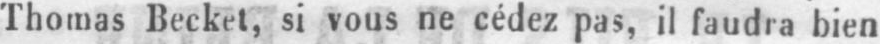
Thomas Becket, si vous ne cédez pas, il faudra bien